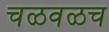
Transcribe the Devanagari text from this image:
चळवळच